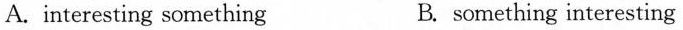
A. interesting something B. something interesting